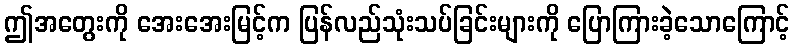
ဤအတွေးကို အေးအေးမြင့်က ပြန်လည်သုံးသပ်ခြင်းများကို ပြောကြားခဲ့သောကြောင့်